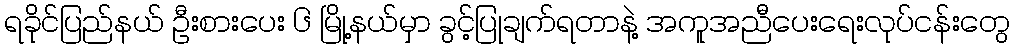
ရခိုင်ပြည်နယ် ဦးစားပေး ၆ မြို့နယ်မှာ ခွင့်ပြုချက်ရတာနဲ့ အကူအညီပေးရေးလုပ်ငန်းတွေ